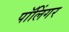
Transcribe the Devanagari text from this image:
पॉलिंगर